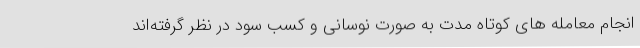
انجام معامله های کوتاه مدت به صورت نوسانی و کسب سود در نظر گرفته‌اند